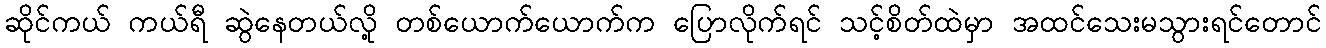
ဆိုင်ကယ် ကယ်ရီ ဆွဲနေတယ်လို့ တစ်ယောက်ယောက်က ပြောလိုက်ရင် သင့်စိတ်ထဲမှာ အထင်သေးမသွားရင်တောင်